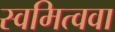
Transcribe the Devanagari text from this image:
स्वमित्ववा